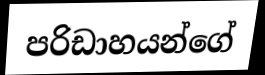
පරිඩාහයන්ගේ